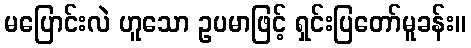
မပြောင်းလဲ ဟူသော ဥပမာဖြင့် ရှင်းပြတော်မူခန်း။